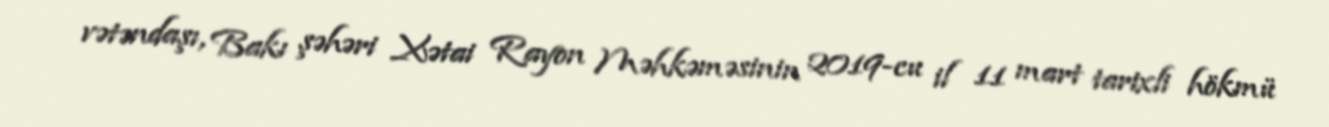
vətəndaşı, Bakı şəhəri Xətai Rayon Məhkəməsinin 2019-cu il 11 mart tarixli hökmü